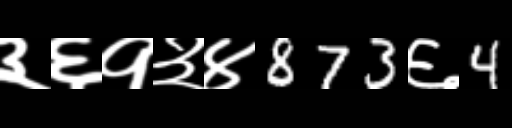
Text: ३६१३४873६4